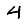
Digit: 4